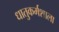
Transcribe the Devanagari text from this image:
धातुकर्मशाला